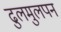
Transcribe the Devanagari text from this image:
ढुलमुलपन